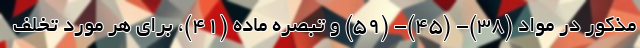
مذکور در مواد (۳۸)- (۴۵)- (۵۹) و تبصره ماده (۴۱)، برای هر مورد تخلف